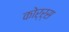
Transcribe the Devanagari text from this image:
कोर्र्स